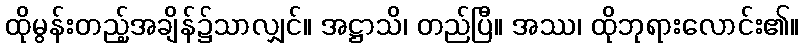
ထိုမွန်းတည့်အချိန်၌သာလျှင်။ အဋ္ဌာသိ၊ တည်ပြီ။ အဿ၊ ထိုဘုရားလောင်း၏။